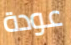
عودة